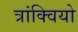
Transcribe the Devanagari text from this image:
त्रांक्वियो